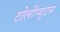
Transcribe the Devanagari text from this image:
टोलीप्युटस